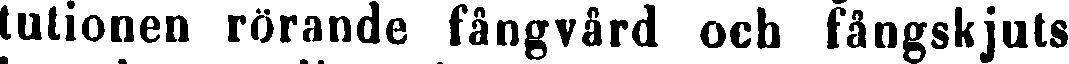
tutionen rörande fångvård och fångskjuts